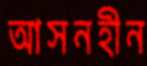
আসনহীন